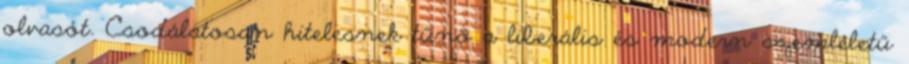
olvasót. Csodálatosan hitelesnek tűnő a liberális és modern szemléletű